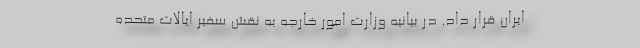
ایران قرار داد. در بیانیه وزارت امور خارجه به نقش سفیر ایالات متحده